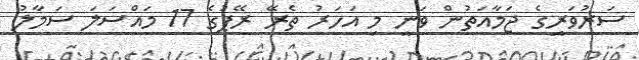
ސަރުވަރީގެ ޖަމާއަތުން ވަނީ މި އަހަރު ތެރޭ ރޭޕުގެ 17 މައްސަލަ ސަމާލު